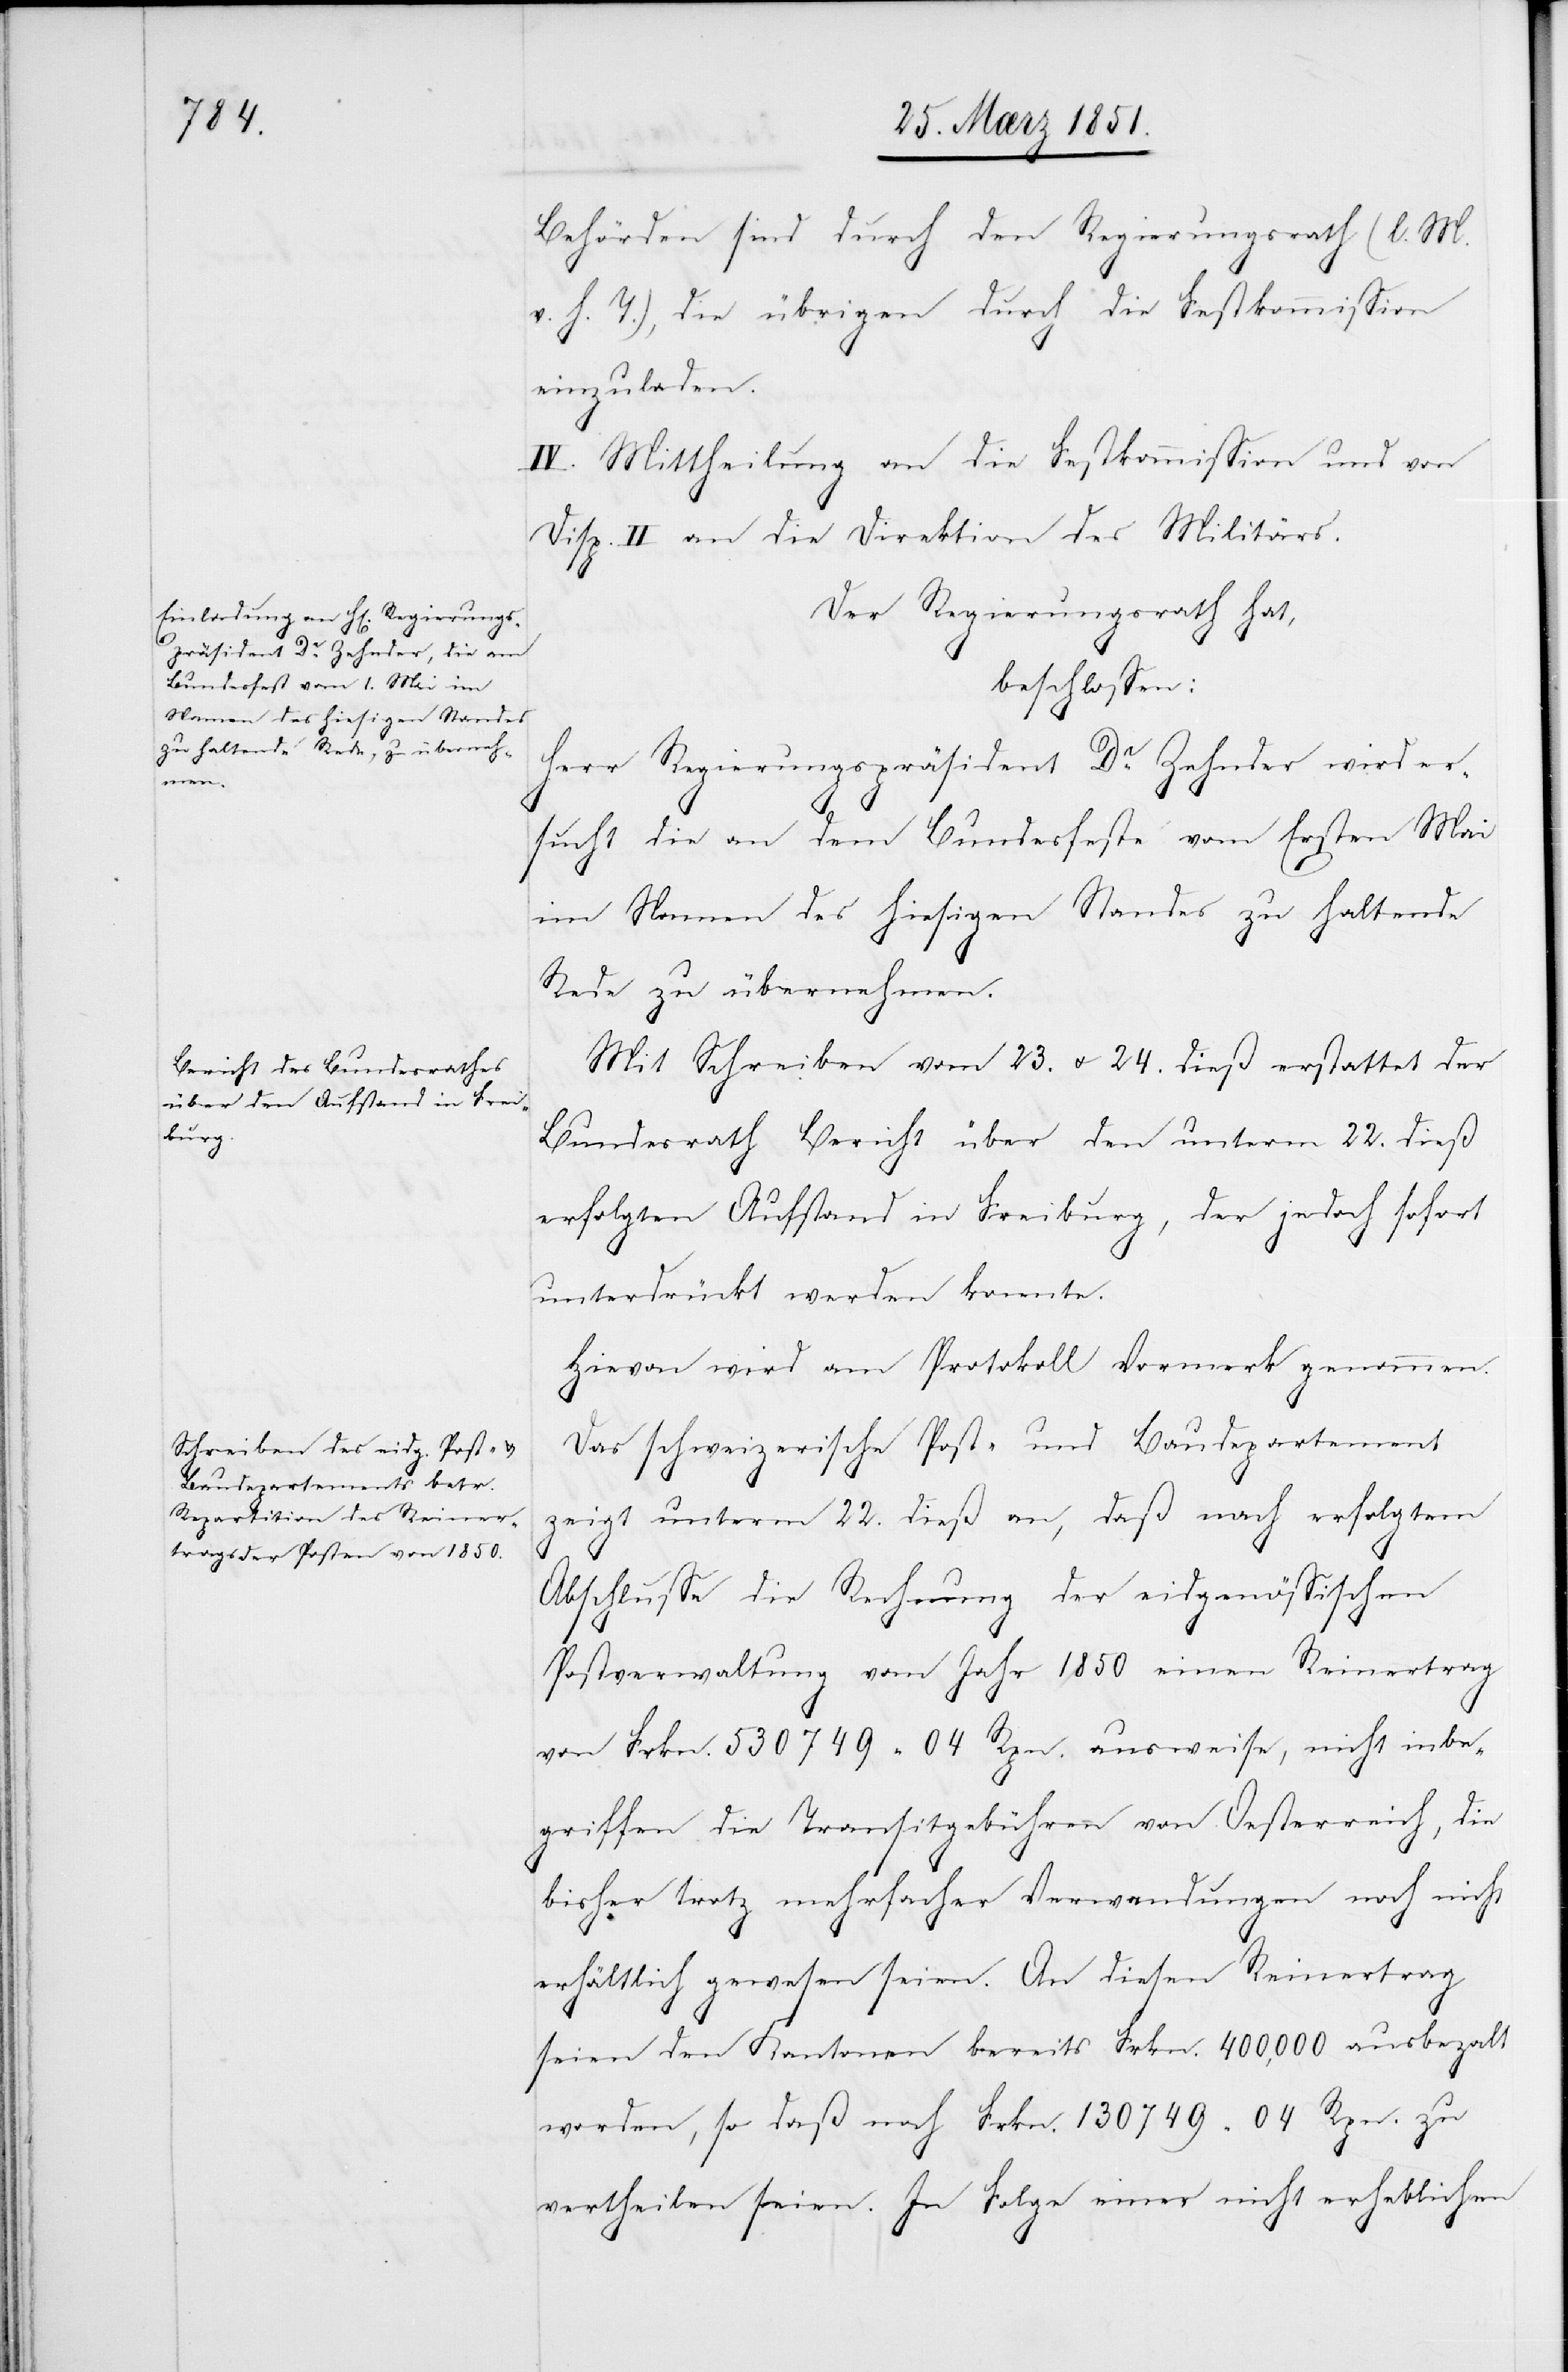
Behörden sind durch den Regierungsrath (l. M.
v. h. T.), die übrigen durch die Festkommission
einzuladen.
IV. Mittheilung an die Festkommission und von
Disp. II an die Direktion des Militärs.
Der Regierungsrath hat,
beschlossen:
Herr Regierungspräsident Dr. Zehnder wird er¬
sucht die an dem Bundesfeste vom Ersten Mai
im Namen des hiesigen Standes zu haltende
Rede zu übernehmen.
Mit Schreiben vom 23. u. 24. dieß erstattet der
Bundesrath Bericht über den unterm 22. dieß
erfolgten Aufstand in Freiburg, der jedoch sofort
unterdrückt werden konnte.
Hievon wird am Protokoll Vormerk genommen.
Das schweizerische Post- und Baudepartement
zeigt unterm 22. dieß an, daß nach erfolgtem
Abschlusse die Rechnung der eidgenössischen
Postverwaltung vom Jahr 1850 einen Reinertrag
von Frkn. 530749 04 Rpn. ausweise, nicht inbe¬
griffen die Transitgebühren von Oesterreich, die
bisher trotz mehrfacher Verwendungen noch nicht
erhältlich gewesen seien. An diesen Reinertrag
seien den Kantonen bereits Frkn. 400,000 ausbeza[h]lt
worden, so daß noch Frkn. 130749 04 Rpn. zu
vertheilen seien. In Folge einer nicht erheblichen